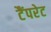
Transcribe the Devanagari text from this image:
टैंपरेट